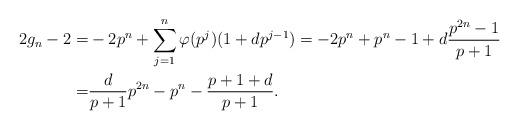
LaTeX: \begin{align*}2g_n-2 =& -2p^n + \sum_{j=1}^n \varphi(p^j) ( 1+ d p^{j-1} ) = -2p^n + p^n-1 + d \frac{p^{2n}-1}{p+1} \\=& \frac{d}{p+1}p^{2n} - p^n - \frac{p+1+d}{p+1}.\end{align*}